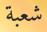
شعبة